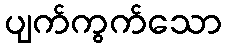
ပျက်ကွက်သော